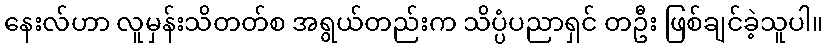
နေးလ်ဟာ လူမှန်းသိတတ်စ အရွယ်တည်းက သိပ္ပံပညာရှင် တဦး ဖြစ်ချင်ခဲ့သူပါ။